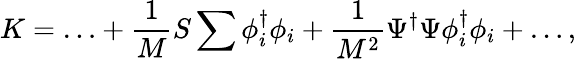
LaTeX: K=\ldots+\frac{1}{M}S\sum\phi_{i}^{\dagger}\phi_{i}+\frac{1}{M^{2}}\Psi^{\dagger}\Psi\phi_{i}^{\dagger}\phi_{i}+\ldots,